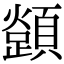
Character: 𩕈